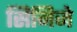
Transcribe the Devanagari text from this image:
सिनिजे